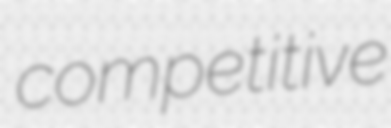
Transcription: competitive